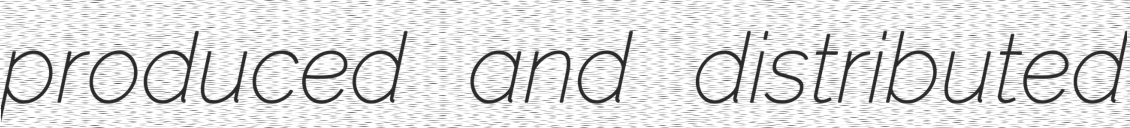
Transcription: produced and distributed